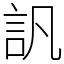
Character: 訉